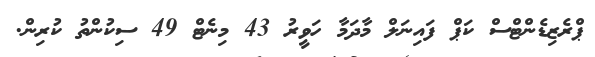
ޕްރެޒިޑެންޓްސް ކަޕް ފައިނަލް މާދަމާ ހަވީރު 43 މިނެޓް 49 ސިކުންތު ކުރިން.